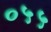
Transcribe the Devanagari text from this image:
०५५